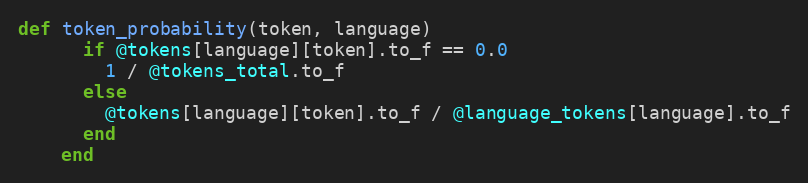
Language: Ruby
def token_probability(token, language)
      if @tokens[language][token].to_f == 0.0
        1 / @tokens_total.to_f
      else
        @tokens[language][token].to_f / @language_tokens[language].to_f
      end
    end